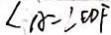
\angle A = \angle E D F